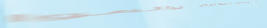
خدمة توصيل البقالة والموا